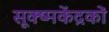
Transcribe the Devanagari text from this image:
सूक्ष्मकेंद्रकों